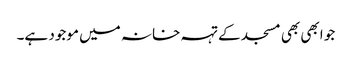
جو ابھی بھی مسجد کے تہہ خانہ میں موجود ہے۔